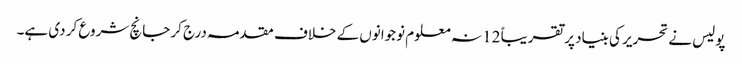
پولیس نے تحریر کی بنیاد پر تقریباً 12 نہ معلوم نوجوانوں کے خلاف مقدمہ درج کر جانچ شروع کر دی ہے۔